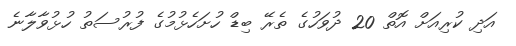
އަދި ކުރިއަށް އޮތް 20 ދުވަހުގެ ތެރޭ ބިޑް ހުށަހެޅުމުގެ ފުރުސަތު ހުޅުވާލާނެ